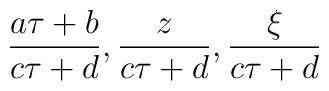
\frac{a\tau+b}{c\tau+d},\frac{z}{c\tau+d},\frac{\xi}{c\tau+d}